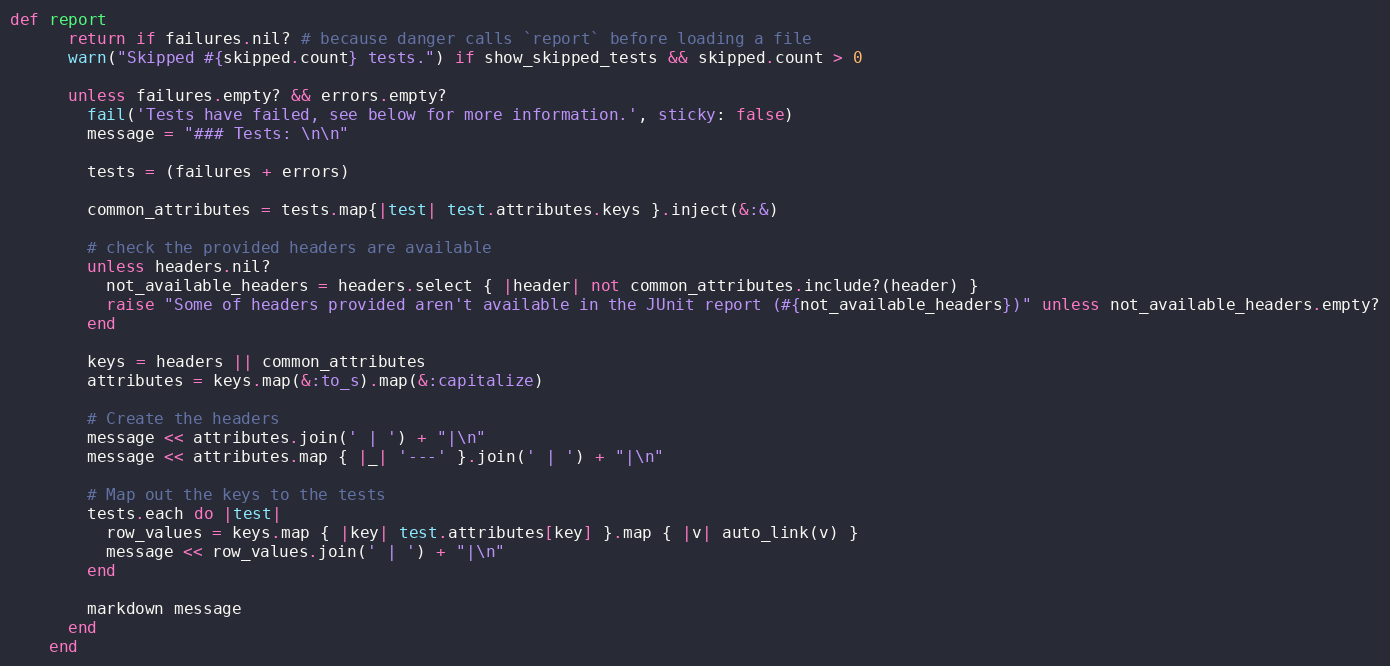
Language: Ruby
def report
      return if failures.nil? # because danger calls `report` before loading a file
      warn("Skipped #{skipped.count} tests.") if show_skipped_tests && skipped.count > 0

      unless failures.empty? && errors.empty?
        fail('Tests have failed, see below for more information.', sticky: false)
        message = "### Tests: \n\n"

        tests = (failures + errors)

        common_attributes = tests.map{|test| test.attributes.keys }.inject(&:&)

        # check the provided headers are available
        unless headers.nil?
          not_available_headers = headers.select { |header| not common_attributes.include?(header) }
          raise "Some of headers provided aren't available in the JUnit report (#{not_available_headers})" unless not_available_headers.empty?
        end

        keys = headers || common_attributes
        attributes = keys.map(&:to_s).map(&:capitalize)

        # Create the headers
        message << attributes.join(' | ') + "|\n"
        message << attributes.map { |_| '---' }.join(' | ') + "|\n"

        # Map out the keys to the tests
        tests.each do |test|
          row_values = keys.map { |key| test.attributes[key] }.map { |v| auto_link(v) }
          message << row_values.join(' | ') + "|\n"
        end

        markdown message
      end
    end